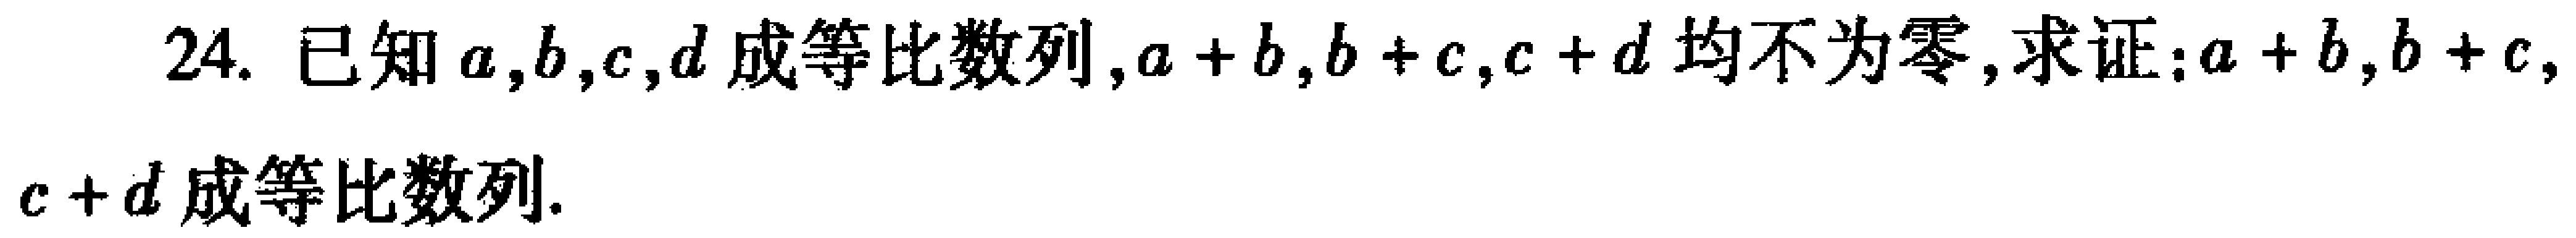
24. 已知\(a,b,c,d\)成等比数列，\(a + b,b + c,c + d\)均不为零，求证：\(a + b,b + c,\)

\(c + d\)成等比数列.